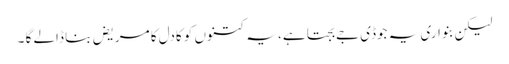
لیکن بنواری یہ جوڈی جے بجتا ہے، یہ کتنوں کو کادل کا مریض بنا ڈالے گا ۔